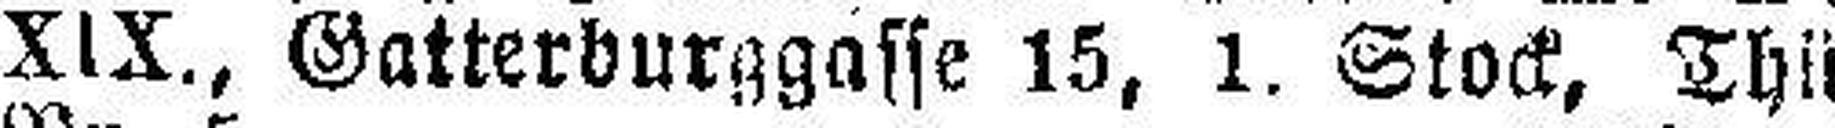
XIX., Gatterburggasse 15, 1. Stock, Thür